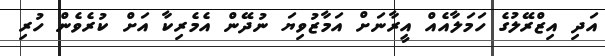
އަދި އިޒްރޭލުގެ ހަމަލާއެއް އީރާނަށް އަމާޒުވިޔަ ނުދޭން އެމެރިކާ އަށް ކުރެވެން ހުރި